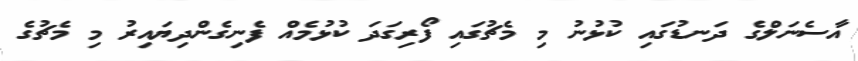
އާސެނަލްގެ ދަނޑުގައި ކުޅުނު މި މެޗުގައި ފޯރިގަދަ ކުޅުމެއް ފެނިގެންދިޔައިރު މި މެޗުގެ